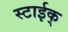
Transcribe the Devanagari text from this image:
स्टाईक्